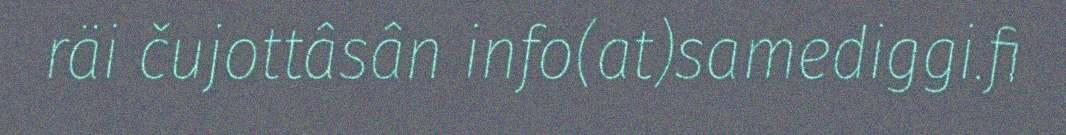
räi čujottâsân info(at)samediggi.fi